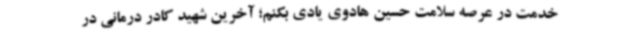
خدمت در عرصه سلامت حسین هادوی یادی بکنم؛ آخرین شهید کادر درمانی در